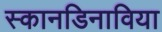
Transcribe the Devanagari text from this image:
स्कानडिनाविया